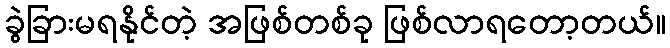
ခွဲခြားမရနိုင်တဲ့ အဖြစ်တစ်ခု ဖြစ်လာရတော့တယ်။